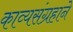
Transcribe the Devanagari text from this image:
काव्यसंग्रहाने